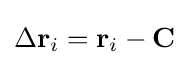
\Delta \mathbf {r} _{i}=\mathbf {r} _{i}-\mathbf {C}